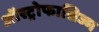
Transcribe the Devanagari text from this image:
ऑस्ट्रोफासिज्म